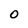
Character: O